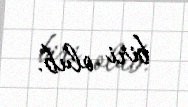
biri olub.